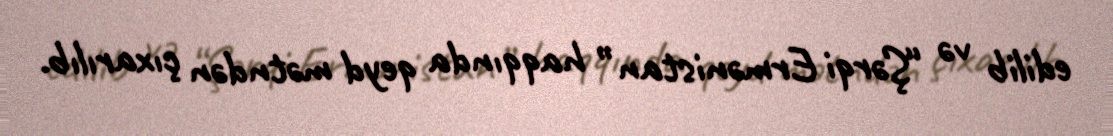
edilib və “Şərqi Ermənistan” haqqında qeyd mətndən çıxarılıb.